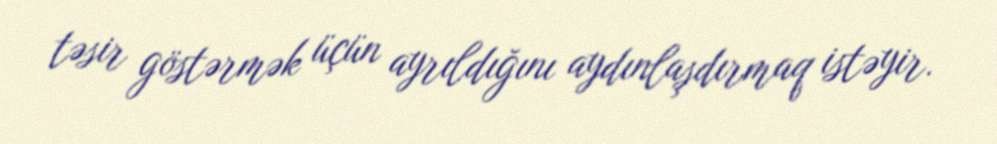
təsir göstərmək üçün ayrıldığını aydınlaşdırmaq istəyir.